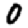
Digit: 0